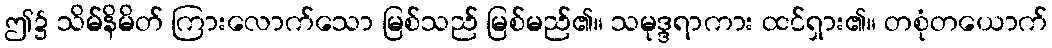
ဤ၌ သိမ်နိမိတ် ကြားလောက်သော မြစ်သည် မြစ်မည်၏။ သမုဒ္ဒရာကား ထင်ရှား၏။ တစုံတယောက်